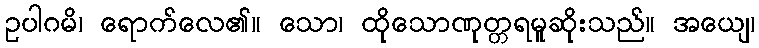
ဥပါဂမိ၊ ရောက်လေ၏။ သော၊ ထိုသောဏုတ္တရမူဆိုးသည်။ အယျေ၊